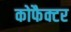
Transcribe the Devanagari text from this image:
कोफैक्टर